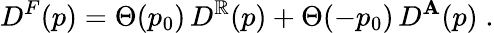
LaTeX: D^{F}(p)=\Theta(p_{0})\, D^{\mathbb{R}}(p)+\Theta(-p_{0})\, D^{\mathbf{A}}(p)\; .